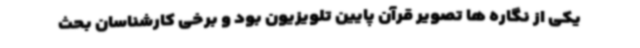
یکی از نگاره ها تصویر قرآن پایین تلویزیون بود و برخی کارشناسان بحث